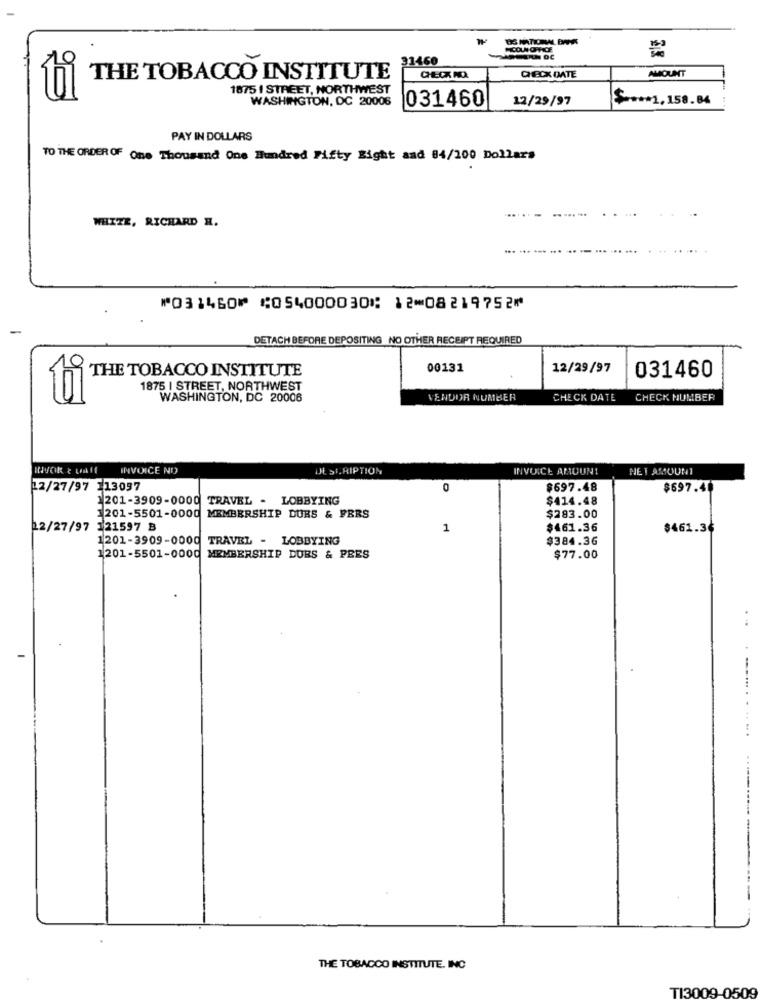
31460
AMOUNT
THE TOBACCO INSTITUTE
CHECK DATE
1875 I STREET, NORTHWEST
ti
WASHINGTON, DC 20006
12/29/97
$ *** 1, 158.84
031460
PAY IN DOLLARS
TO THE ORDER OF One Thousand One Hundred Fifty Sight and 84/200 Dollars
WHITE, RICHARD H.
⑈031460⑈ ⑆054000030⑆ 12⑉08219752⑈
DETACH BEFORE DEPOSITING NO OTHER RECEIPT REQUIRED
9
THE TOBACCO INSTITUTE
00131
12/29/97
031460
1875 | STREET, NORTHWEST
WASHINGTON, DC 20006
VENDOR NUMBER
CHECK DATE
CHECK NUMBER
INVOICE NI
UE SIRIPTION
INVOICE AMOUN!
NET AMOUNT
12/27/97 113097
0
$697.48
$697.48
1201-3909-0000 TRAVEL - LOBBYING
$414.48
1201-5501-0000 MEMBERSHIP DURS & FERS
$283.00
12/27/97 121597 B
1
$461.36
$461.36
1201-3909-0000
TRAVEL - LOBBYING
$384.36
1201-5501-0000 MEMBERSHIP DUBS & PEES
$77.00
THE TOBACCO INSTITUTE. INC
TI3009-0509